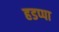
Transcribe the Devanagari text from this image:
हडप्‍पा